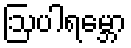
ဩပါရမ္ဘော